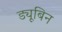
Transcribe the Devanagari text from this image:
ड्यूबिन